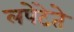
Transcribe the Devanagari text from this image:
लपेटेते